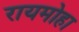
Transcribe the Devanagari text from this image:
रायमोहा